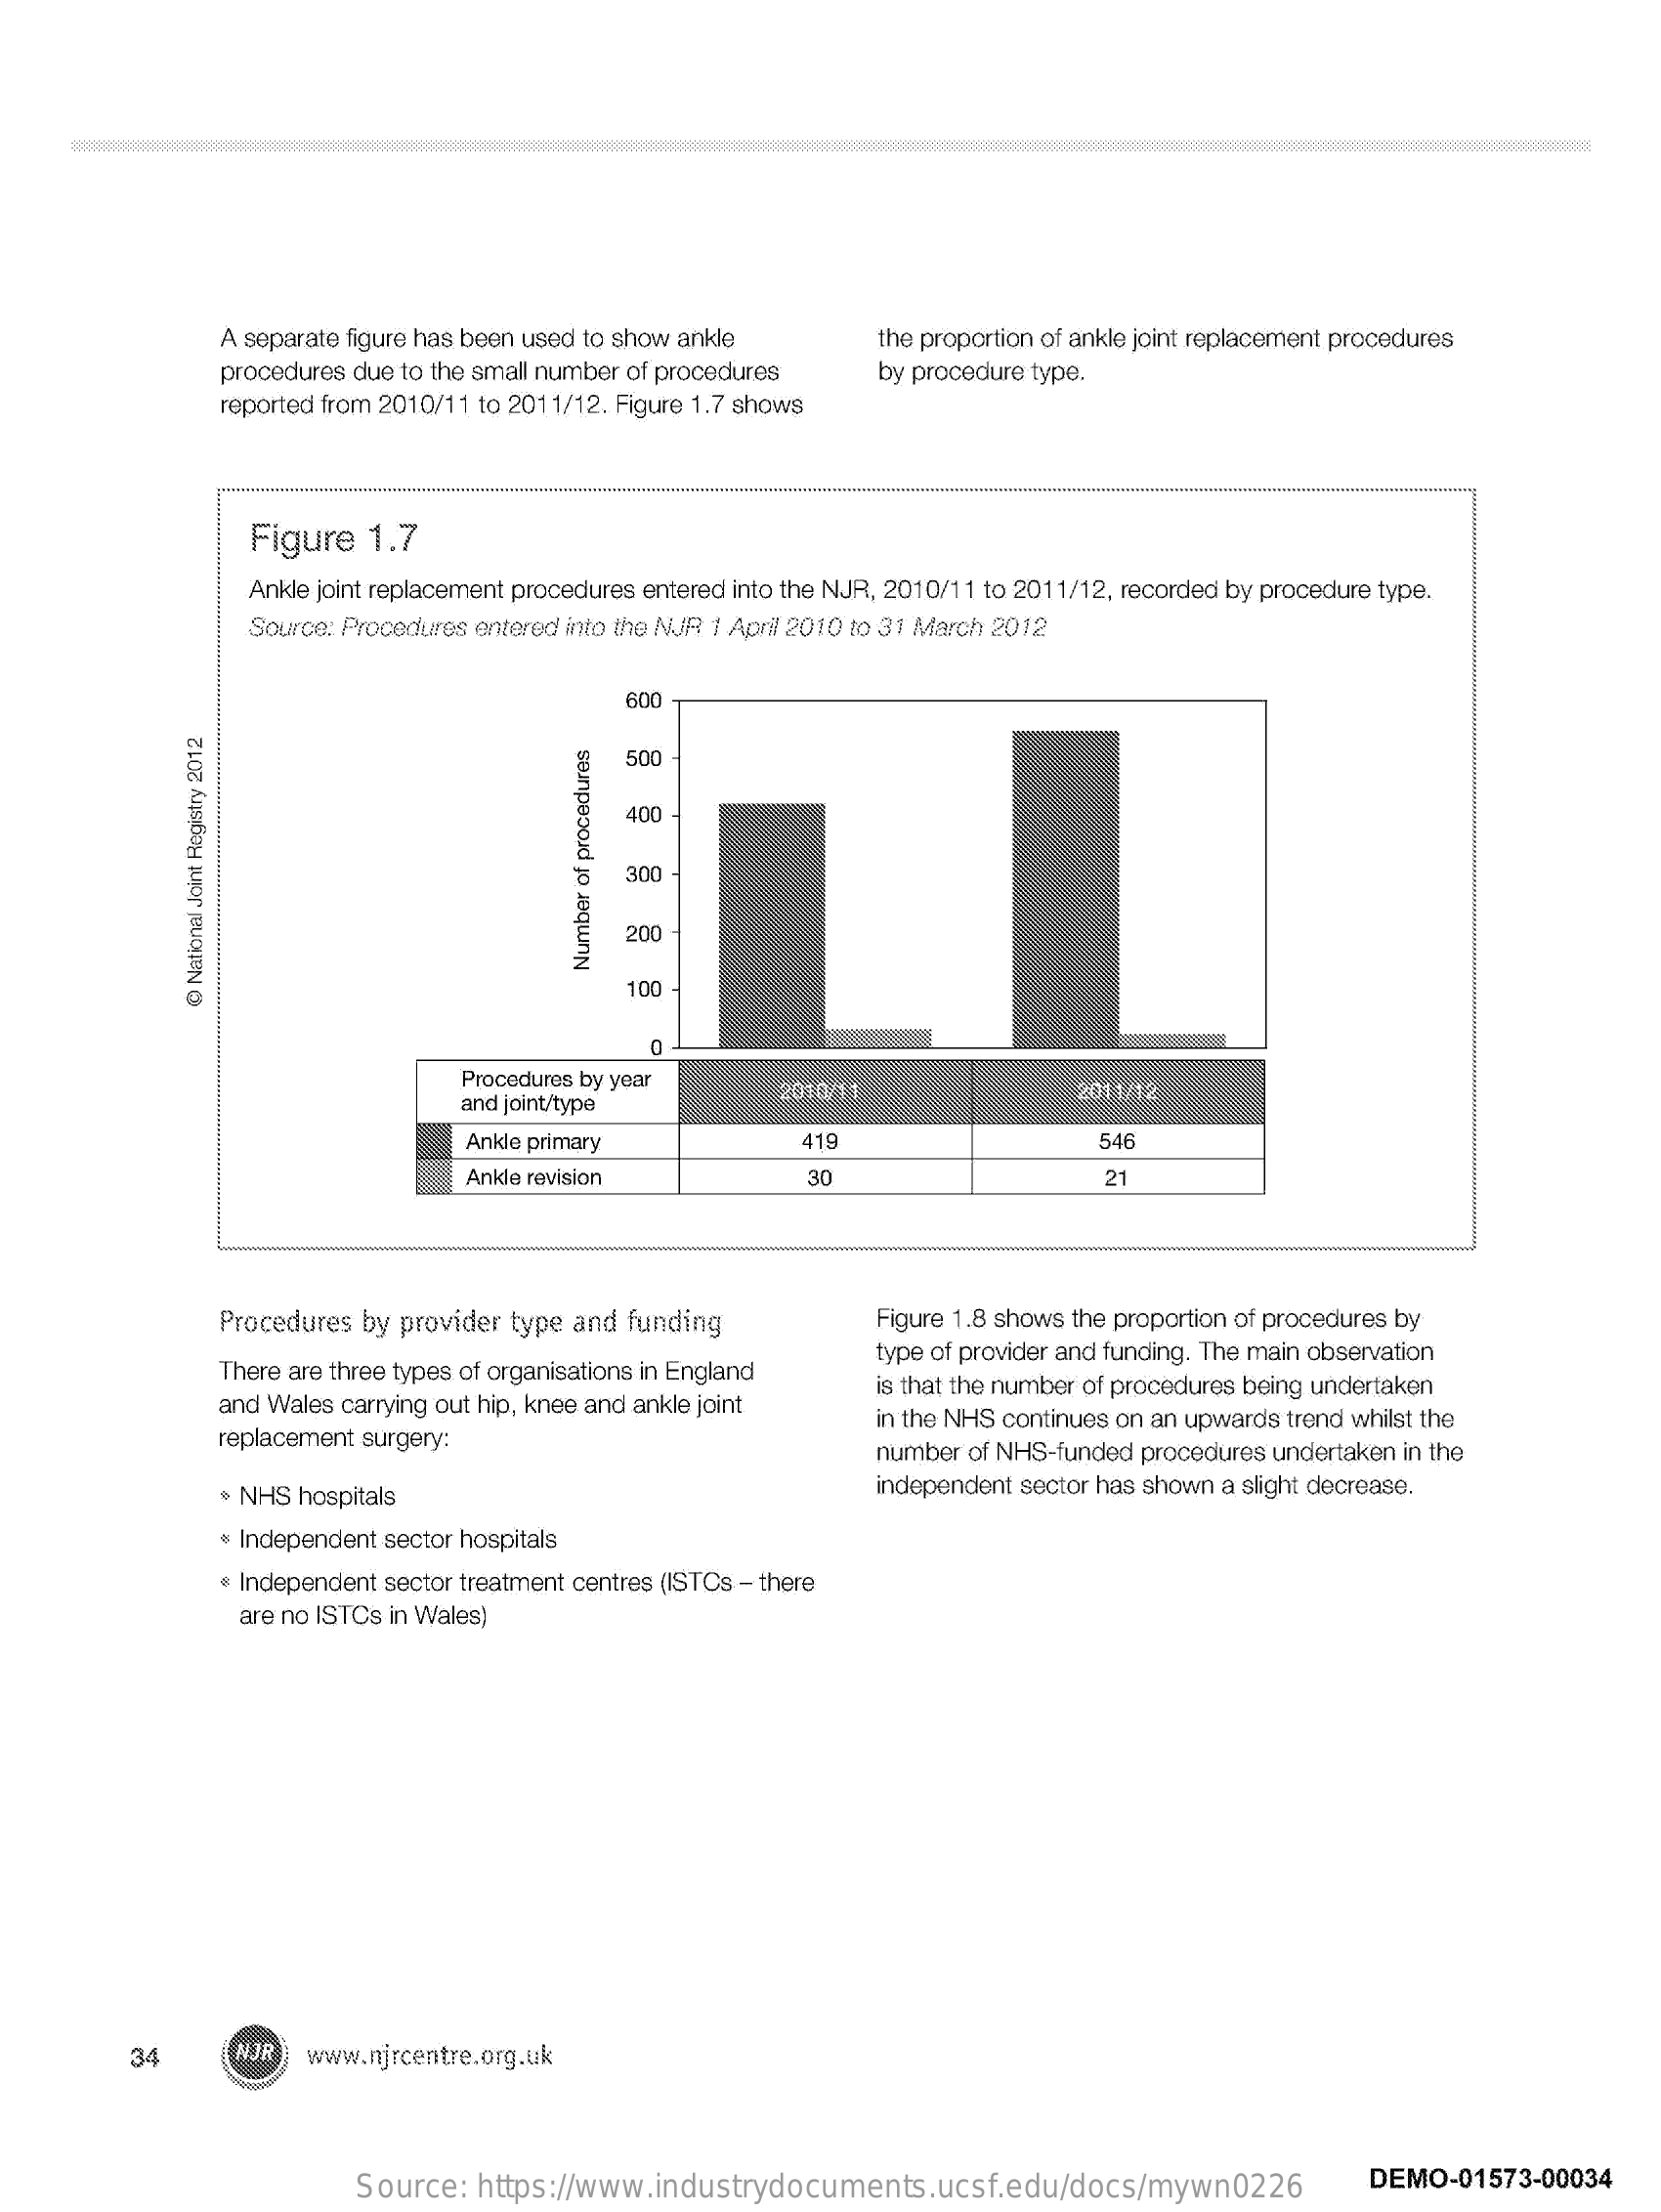
A separate figure has been used to show ankle    the proportion of ankle joint replacement procedures
     procedures due to the small number of procedures  by procedure type.
     reported from 2010/11 to 2011/12. Figure 1.7 shows
     Figure   1.7
     Ankle joint replacement procedures entered into the NJR, 2010/11 to 2011/12, recorded by procedure type.
     Source: Procedures entered into the NUR 1 April 2010 to 31 March 2012
     600
     500
     400
     300
     200 Number
     of
     procedures
     100
     @
     National
     Joint
     Registry
     2012
     Procedures by year
     and joint/type
     2010/11    2011/12
     Ankle primary    419    546
     Ankle revision    30    21
     Procedures by provider type and funding    Figure 1.8 shows the proportion of procedures by
     There are three types of organisations in England
     type of provider and funding. The main observation
     and Wales carrying out hip, knee and ankle joint
     is that the number of procedures being undertaken
     replacement surgery:
     in the NHS continues on an upwards trend whilst the
     number of NHS-funded procedures undertaken in the
     $ NHS hospitals    independent sector has shown a slight decrease.
     Independent sector hospitals
     Independent sector treatment centres (ISTCs - there
     are no ISTCs in Wales)
     34    NJR  www.njrcentre.org.uk
     Source:  https://www.industrydocuments.ucsf.edu/docs/mywn0226    DEMO-01573-00034